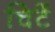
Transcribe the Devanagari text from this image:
चिटें